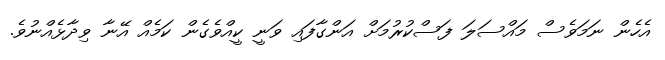
އެހެން ނަމަވެސް މައްސަލަ ފަސްކުރުމަށް އަންގާފައި ވަނީ ކީއްވެގެން ކަމެއް އޭނާ ވިދާޅެއްނުވެ.